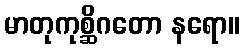
မာတုကုစ္ဆိဂတော နရော။